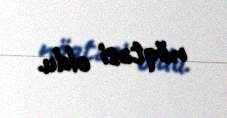
nöqtəsi oldu.